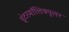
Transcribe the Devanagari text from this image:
इंटरमॉलिक्युलर